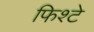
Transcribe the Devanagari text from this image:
फिश्टे